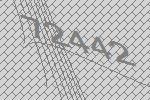
72442